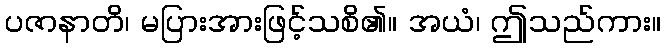
ပဇာနာတိ၊ မပြားအားဖြင့်သစိ၏။ အယံ၊ ဤသည်ကား။